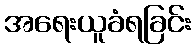
အရေးယူခံရခြင်း